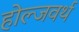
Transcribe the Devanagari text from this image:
होल्जवर्थ